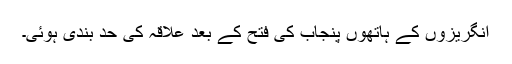
انگریزوں کے ہاتھوں پنجاب کی فتح کے بعد علاقہ کی حد بندی ہوئی۔